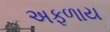
અફળાય